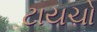
ટાયચો